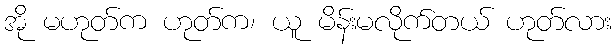
အို မဟုတ်က ဟုတ်က၊ ယူ မိန်းမလိုက်တယ် ဟုတ်လား